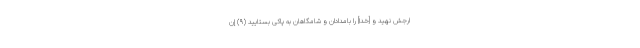
ارجش نهيد و [خدا] را بامدادان و شامگاهان به پاكى بستاييد (۹) إِنَّ